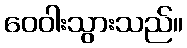
ဝေဝါးသွားသည်။